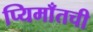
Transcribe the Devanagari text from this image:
प्यिमाँतची